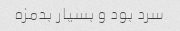
سرد بود و بسیار بدمزه